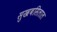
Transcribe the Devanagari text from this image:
सुखबसिलाल